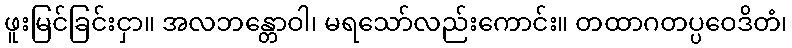
ဖူးမြင်ခြင်းငှာ။ အလဘန္တောဝါ၊ မရသော်လည်းကောင်း။ တထာဂတပ္ပဝေဒိတံ၊